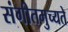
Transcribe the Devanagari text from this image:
संगीतमुच्यते